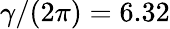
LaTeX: \gamma/(2\pi)=6.32